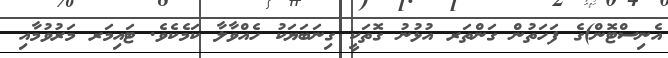
އެނިސްޓޮން)ގެ ފަހަތުން ގަންތަރ އުޅުނު ގޮތަކީ ގިނަބަޔަކު ހެއްވާލާ ކަމެކެވެ. ޓައިމަރ މަރުވުމާއި